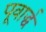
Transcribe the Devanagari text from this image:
पूवार्द्ध